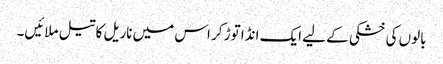
بالوں کی خشکی کے لیے ایک انڈا توڑ کر اس میں ناریل کا تیل ملائیں۔